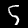
Label: 5